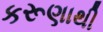
કરૂણાથી